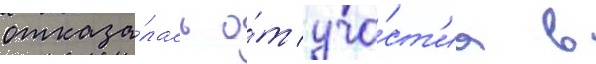
отказа́лась о́т уча́ст'иа в